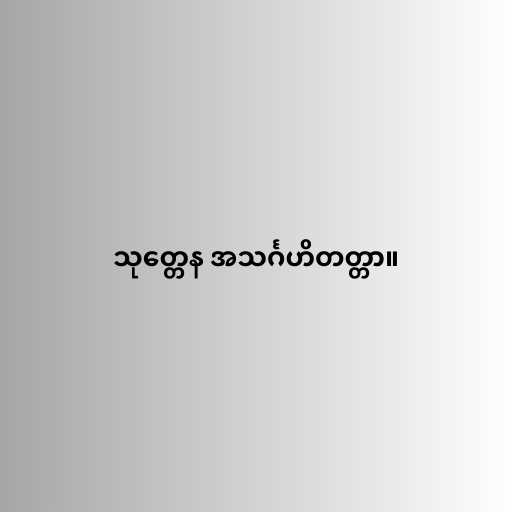
သုတ္တေန အသင်္ဂဟိတတ္တာ။